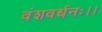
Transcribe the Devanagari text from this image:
वंशवर्धनः।।